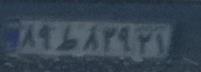
۸۹ط۸۲۹۲۱